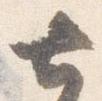
七